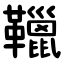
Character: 䪉